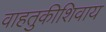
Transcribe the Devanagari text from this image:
वाहतुकीशिवाय